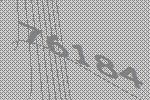
76184